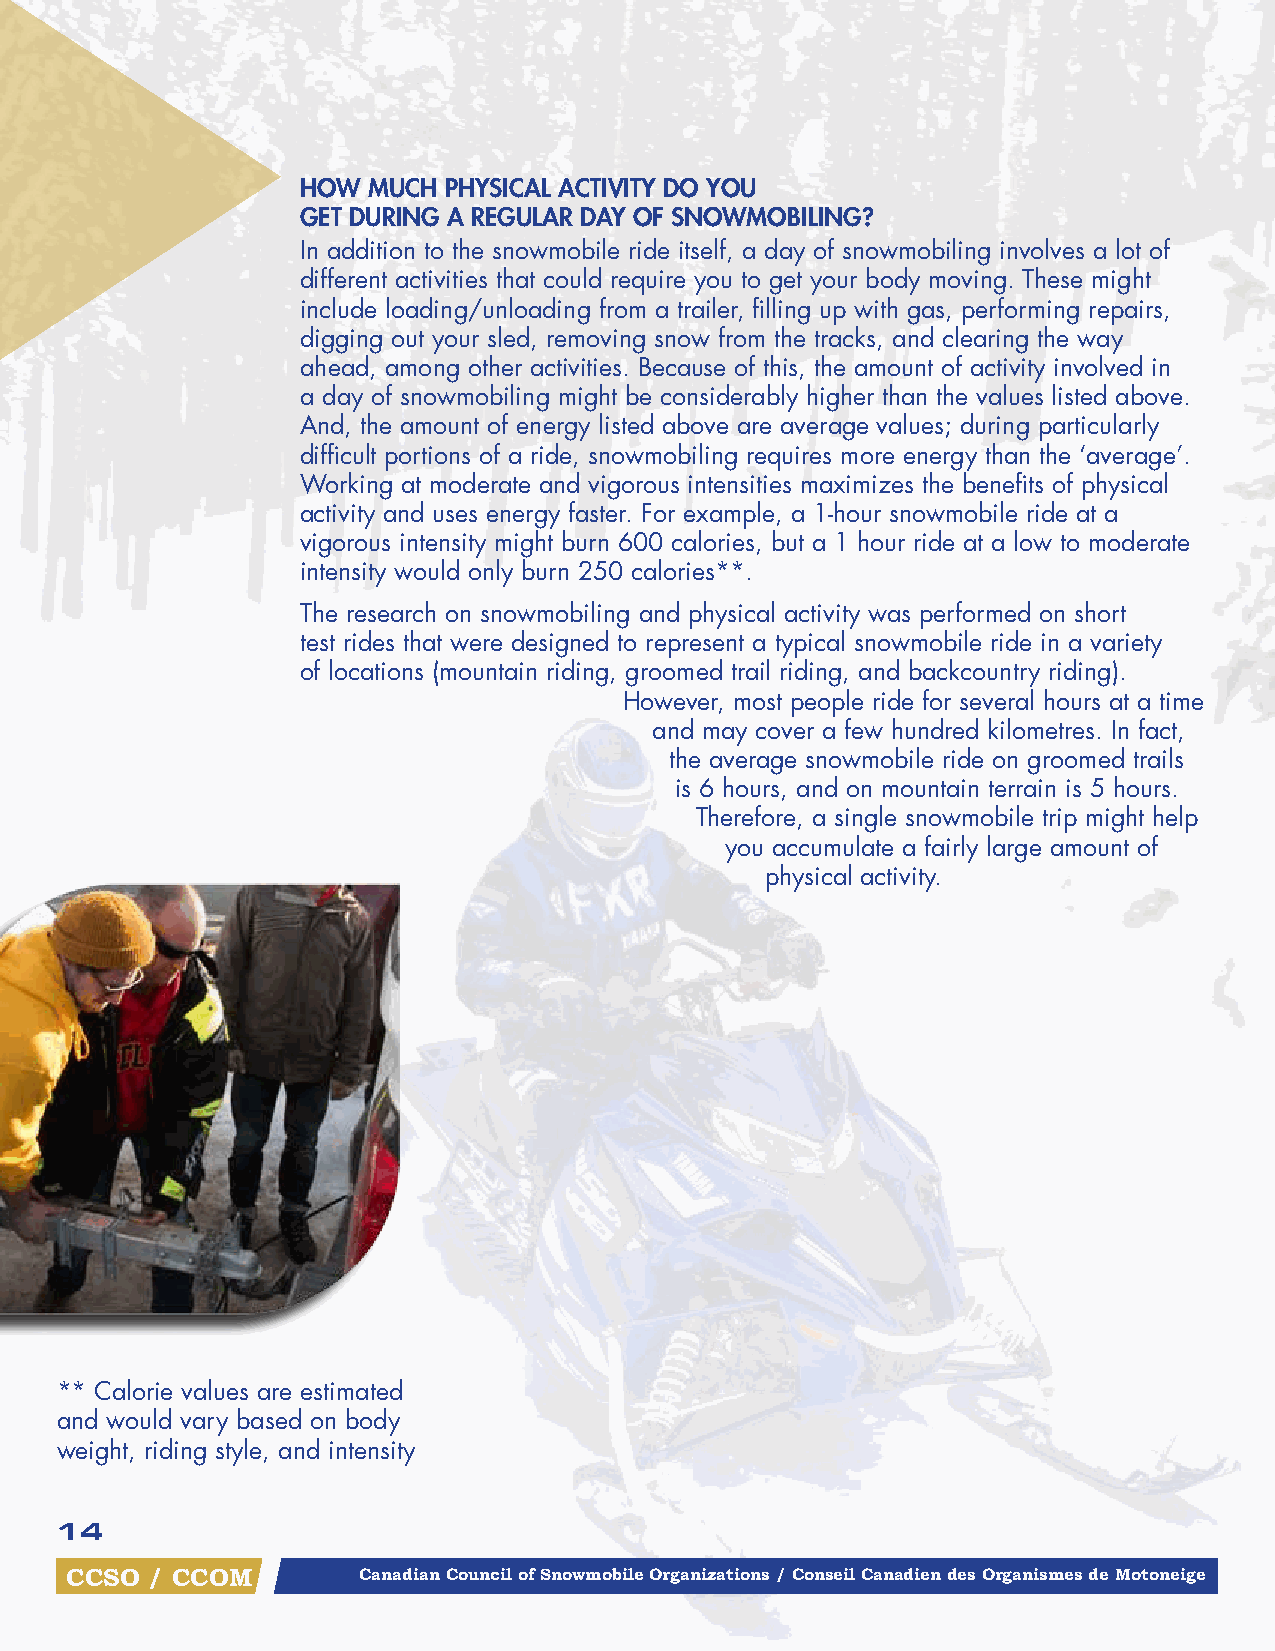
HOW MuCH PHySICAl ACtIvIty DO yOu
 gEt DurIng A rEgulAr DAy Of SnOWMOBIlIng?
 In addition to the snowmobile ride itself, a day of snowmobiling involves a lot of
 different activities that could require you to get your body moving. These might
 include loading/unloading from a trailer, filling up with gas, performing repairs,
 digging out your sled, removing snow from the tracks, and clearing the way
 ahead, among other activities. Because of this, the amount of activity involved in
 a day of snowmobiling might be considerably higher than the values listed above.
 And, the amount of energy listed above are average values; during particularly
 difficult portions of a ride, snowmobiling requires more energy than the ‘average’.
 Working at moderate and vigorous intensities maximizes the benefits of physical
 activity and uses energy faster. For example, a 1-hour snowmobile ride at a
 vigorous intensity might burn 600 calories, but a 1 hour ride at a low to moderate
 intensity would only burn 250 calories**.
 The research on snowmobiling and physical activity was performed on short
 test rides that were designed to represent a typical snowmobile ride in a variety
 of locations (mountain riding, groomed trail riding, and backcountry riding).
 However, most people ride for several hours at a time
 and may cover a few hundred kilometres. In fact,
 the average snowmobile ride on groomed trails
 is 6 hours, and on mountain terrain is 5 hours.
 Therefore, a single snowmobile trip might help
 you accumulate a fairly large amount of
 physical activity.
 ** Calorie values are estimated
 and would vary based on body
 weight, riding style, and intensity
 14
 CCSO  / CCOM        Canadian Council of Snowmobile Organizations / Conseil Canadien des Organismes de Motoneige